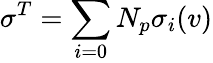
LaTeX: \sigma^{T}=\sum_{i=0}{N_{p}}\sigma_{i}(v)